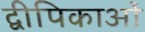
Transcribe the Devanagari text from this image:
द्वीपिकाओं